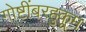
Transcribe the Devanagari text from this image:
गोष्टींबरहुकूम